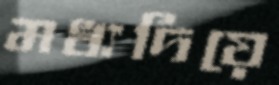
মধ্যদিয়ে